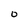
Character: 0